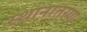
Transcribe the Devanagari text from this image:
स्थानातरंण